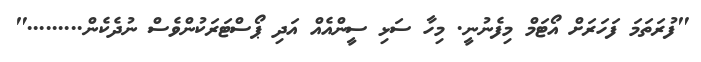
"ފުރަތަމަ ފަހަރަށް އޯޓަމް މިފެނުނީ. މިހާ ސަޅި ސީންއެއް އަދި ޕޯސްޓަރަކުންވެސް ނުދެކެން........."